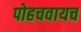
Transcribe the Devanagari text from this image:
पोहचवायच